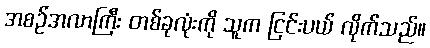
အစဉ်အလာကြီး တစ်ခုလုံးကို သူက ငြင်းပယ် လိုက်သည်။